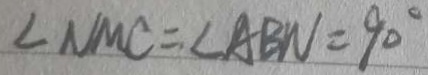
\angle N M C = \angle A B N = 9 0 ^ { \circ }